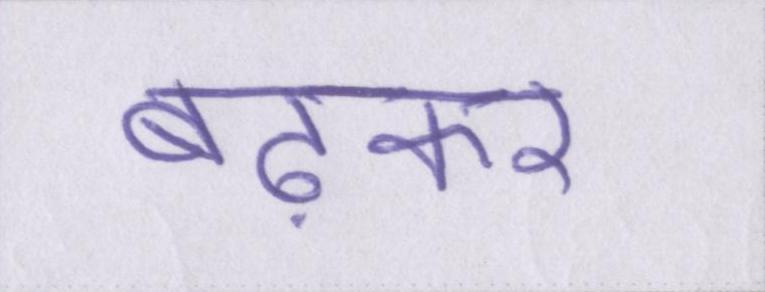
बढ़कर